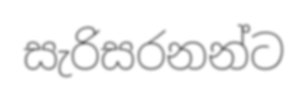
සැරිසරනන්ට